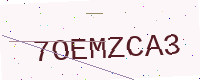
Text: 7OEMZCA3